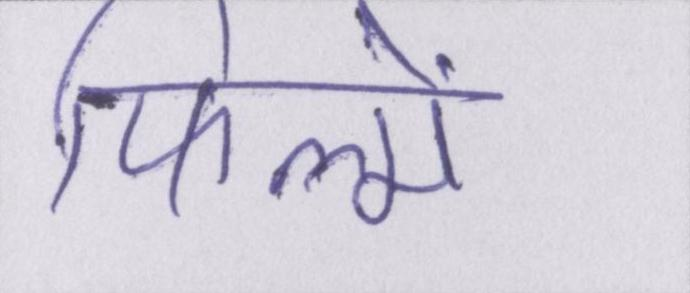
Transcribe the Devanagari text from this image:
फिल्में